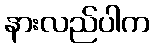
နားလည်ပါက